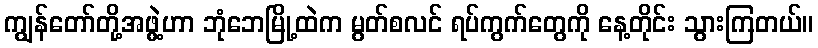
ကျွန်တော်တို့အဖွဲ့ဟာ ဘုံဘေမြို့ထဲက မွတ်စလင် ရပ်ကွက်တွေကို နေ့တိုင်း သွားကြတယ်။